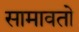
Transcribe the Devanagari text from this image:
सामावतो